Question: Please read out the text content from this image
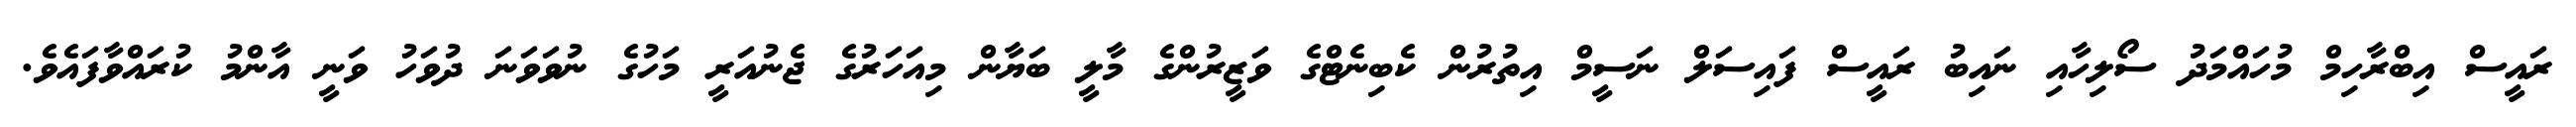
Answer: ރައީސް އިބްރާހިމް މުހައްމަދު ސޯލިހާއި ނައިބު ރައީސް ފައިސަލް ނަސީމް އިތުރުން ކެބިނެޓްގެ ވަޒީރުންގެ މާލީ ބަޔާން މިއަހަރުގެ ޖެނުއަރީ މަހުގެ ނުވަވަނަ ދުވަހު ވަނީ އާންމު ކުރައްވާފައެވެ.